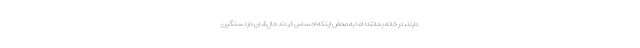
دارند، در خانه بمانند؛ اما به محض اینکه احساس کردند حال‌شان دارد سنگین